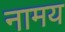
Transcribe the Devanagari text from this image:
नामय